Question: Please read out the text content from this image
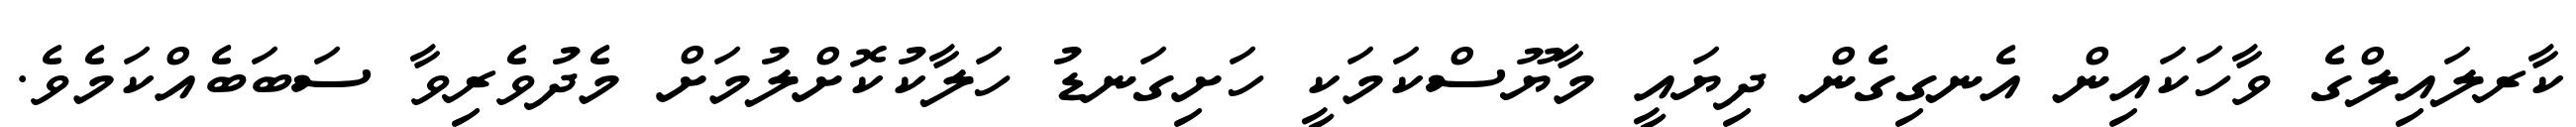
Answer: ކާރލައިލްގެ ވާހަކައިން އެނގިގެން ދިޔައީ މާޔޫސްކަމަކީ ހަށިގަނޑު ހަލާކުކޮށްލުމަށް މެދުވެރިވާ ސަބަބެއްކަމެވެ.